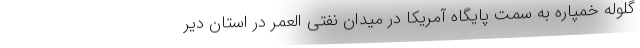
گلوله خمپاره به سمت پایگاه آمریکا در میدان نفتی العمر در استان دیر